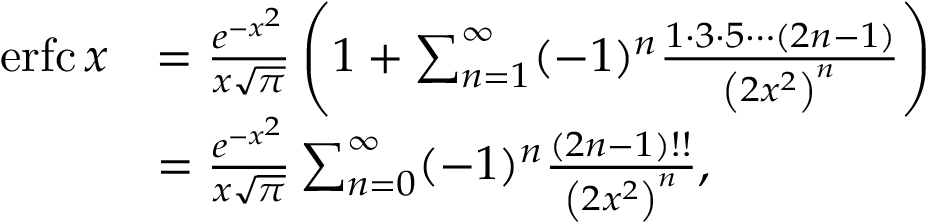
{ \begin{array} { r l } { \operatorname { e r f c } x } & { = { \frac { e ^ { - x ^ { 2 } } } { x { \sqrt { \pi } } } } \left( 1 + \sum _ { n = 1 } ^ { \infty } ( - 1 ) ^ { n } { \frac { 1 \cdot 3 \cdot 5 \cdots ( 2 n - 1 ) } { \left( 2 x ^ { 2 } \right) ^ { n } } } \right) } \\ & { = { \frac { e ^ { - x ^ { 2 } } } { x { \sqrt { \pi } } } } \sum _ { n = 0 } ^ { \infty } ( - 1 ) ^ { n } { \frac { ( 2 n - 1 ) ! ! } { \left( 2 x ^ { 2 } \right) ^ { n } } } , } \end{array} }